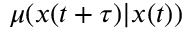
\mu ( x ( t + \tau ) | x ( t ) )